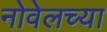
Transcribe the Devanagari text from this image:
नोवेलच्या